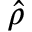
\hat { \rho }